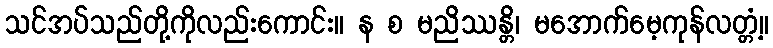
သင်အပ်သည်တို့ကိုလည်းကောင်း။ န စ မညိဿန္တိ၊ မအောက်မေ့ကုန်လတ္တံ့။